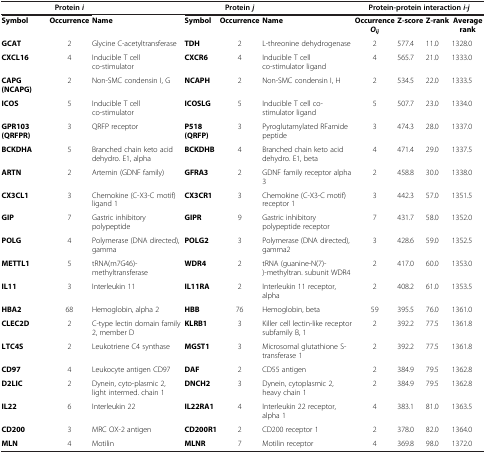
<table><thead><tr><td><b> </b></td><td><b>Protein<i>i</i></b></td><td><b> </b></td><td><b> </b></td><td><b>Protein<i>j</i></b></td><td><b> </b></td><td colspan="4"><b>Protein-protein interaction<i>i</i>-<i>j</i></b></td></tr></thead><tbody><tr><td><b>Symbol</b></td><td><b>Occurrence</b></td><td><b>Name</b></td><td><b>Symbol</b></td><td><b>Occurrence</b></td><td><b>Name</b></td><td><b>Occurrence</b><b><i>O</i></b><sub><b><i>ij</i></b></sub></td><td><b>Z-score</b></td><td><b>Z-rank</b></td><td><b>Average rank</b></td></tr><tr><td><b>GCAT</b></td><td>2</td><td>Glycine C-acetyltransferase</td><td><b>TDH</b></td><td>2</td><td>L-threonine dehydrogenase</td><td>2</td><td>577.4</td><td>11.0</td><td>1328.0</td></tr><tr><td><b>CXCL16</b></td><td>4</td><td>Inducible T cell co-stimulator</td><td><b>CXCR6</b></td><td>4</td><td>Inducible T cell co-stimulator ligand</td><td>4</td><td>565.7</td><td>21.0</td><td>1333.0</td></tr><tr><td><b>CAPG (NCAPG)</b></td><td>2</td><td>Non-SMC condensin I, G</td><td><b>NCAPH</b></td><td>2</td><td>Non-SMC condensin I, H</td><td>2</td><td>534.5</td><td>22.0</td><td>1333.5</td></tr><tr><td><b>ICOS</b></td><td>5</td><td>Inducible T cell co-stimulator</td><td><b>ICOSLG</b></td><td>5</td><td>Inducible T cell co-stimulator ligand</td><td>5</td><td>507.7</td><td>23.0</td><td>1334.0</td></tr><tr><td><b>GPR103 (QRFPR)</b></td><td>3</td><td>QRFP receptor</td><td><b>P518(QRFP)</b></td><td>3</td><td>Pyroglutamylated RFamide peptide</td><td>3</td><td>474.3</td><td>28.0</td><td>1337.0</td></tr><tr><td><b>BCKDHA</b></td><td>5</td><td>Branched chain keto acid dehydro. E1, alpha</td><td><b>BCKDHB</b></td><td>4</td><td>Branched chain keto acid dehydro. E1, beta</td><td>4</td><td>471.4</td><td>29.0</td><td>1337.5</td></tr><tr><td><b>ARTN</b></td><td>2</td><td>Artemin (GDNF family)</td><td><b>GFRA3</b></td><td>2</td><td>GDNF family receptor alpha 3</td><td>2</td><td>458.8</td><td>30.0</td><td>1338.0</td></tr><tr><td><b>CX3CL1</b></td><td>3</td><td>Chemokine (C-X3-C motif) ligand 1</td><td><b>CX3CR1</b></td><td>3</td><td>Chemokine (C-X3-C motif) receptor 1</td><td>3</td><td>442.3</td><td>57.0</td><td>1351.5</td></tr><tr><td><b>GIP</b></td><td>7</td><td>Gastric inhibitory polypeptide</td><td><b>GIPR</b></td><td>9</td><td>Gastric inhibitory polypeptide receptor</td><td>7</td><td>431.7</td><td>58.0</td><td>1352.0</td></tr><tr><td><b>POLG</b></td><td>4</td><td>Polymerase (DNA directed), gamma</td><td><b>POLG2</b></td><td>3</td><td>Polymerase (DNA directed), gamma2</td><td>3</td><td>428.6</td><td>59.0</td><td>1352.5</td></tr><tr><td><b>METTL1</b></td><td>5</td><td>tRNA(m7G46)-methyltransferase</td><td><b>WDR4</b></td><td>2</td><td>tRNA (guanine-N(7)-)-methyltran. subunit WDR4</td><td>2</td><td>417.0</td><td>60.0</td><td>1353.0</td></tr><tr><td><b>IL11</b></td><td>3</td><td>Interleukin 11</td><td><b>IL11RA</b></td><td>2</td><td>Interleukin 11 receptor, alpha</td><td>2</td><td>408.2</td><td>61.0</td><td>1353.5</td></tr><tr><td><b>HBA2</b></td><td>68</td><td>Hemoglobin, alpha 2</td><td><b>HBB</b></td><td>76</td><td>Hemoglobin, beta</td><td>59</td><td>395.5</td><td>76.0</td><td>1361.0</td></tr><tr><td><b>CLEC2D</b></td><td>2</td><td>C-type lectin domain family 2, member D</td><td><b>KLRB1</b></td><td>3</td><td>Killer cell lectin-like receptor subfamily B, 1</td><td>2</td><td>392.2</td><td>77.5</td><td>1361.8</td></tr><tr><td><b>LTC4S</b></td><td>2</td><td>Leukotriene C4 synthase</td><td><b>MGST1</b></td><td>3</td><td>Microsomal glutathione S-transferase 1</td><td>2</td><td>392.2</td><td>77.5</td><td>1361.8</td></tr><tr><td><b>CD97</b></td><td>4</td><td>Leukocyte antigen CD97</td><td><b>DAF</b></td><td>2</td><td>CD55 antigen</td><td>2</td><td>384.9</td><td>79.5</td><td>1362.8</td></tr><tr><td><b>D2LIC</b></td><td>2</td><td>Dynein, cyto-plasmic 2, light intermed. chain 1</td><td><b>DNCH2</b></td><td>3</td><td>Dynein, cytoplasmic 2, heavy chain 1</td><td>2</td><td>384.9</td><td>79.5</td><td>1362.8</td></tr><tr><td><b>IL22</b></td><td>6</td><td>Interleukin 22</td><td><b>IL22RA1</b></td><td>4</td><td>Interleukin 22 receptor, alpha 1</td><td>4</td><td>383.1</td><td>81.0</td><td>1363.5</td></tr><tr><td><b>CD200</b></td><td>3</td><td>MRC OX-2 antigen</td><td><b>CD200R1</b></td><td>2</td><td>CD200 receptor 1</td><td>2</td><td>378.0</td><td>82.0</td><td>1364.0</td></tr><tr><td><b>MLN</b></td><td>4</td><td>Motilin</td><td><b>MLNR</b></td><td>7</td><td>Motilin receptor</td><td>4</td><td>369.8</td><td>98.0</td><td>1372.0</td></tr></tbody></table>